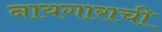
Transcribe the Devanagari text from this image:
नायगाराची